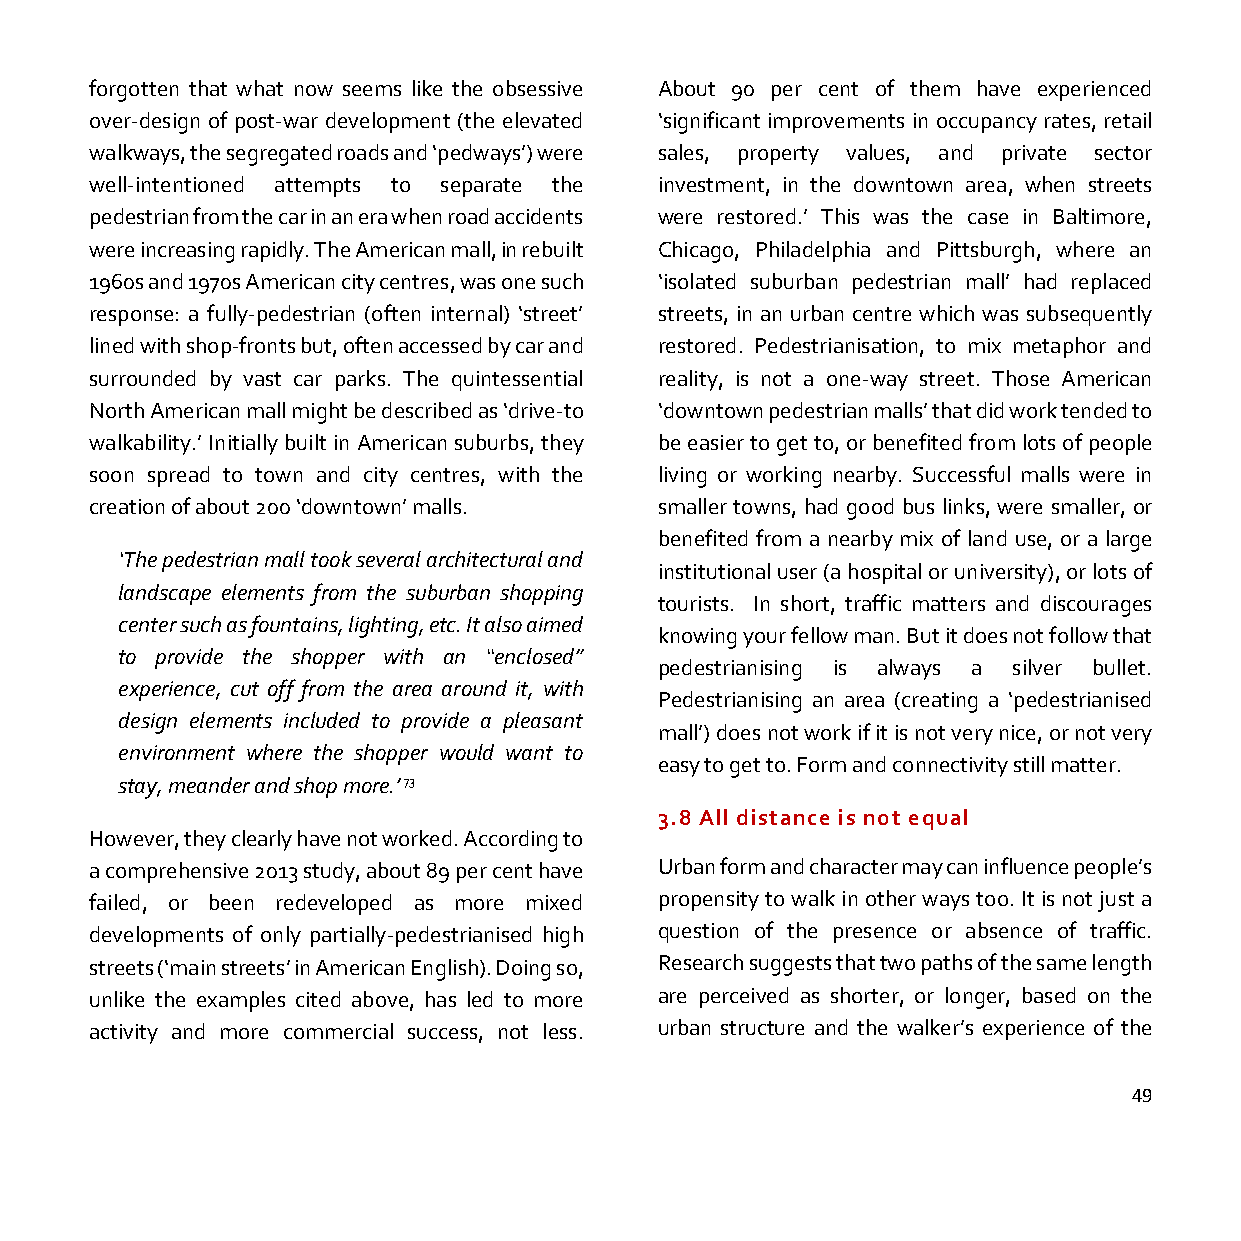
forgotten that what now seems like the obsessive About 90 per cent of them have experienced
 over-design of post-war development (the elevated ‘significant improvements in occupancy rates, retail
 walkways, the segregated roads and ‘pedways’) were sales, property values, and private sector
 well-intentioned attempts to separate the investment, in the downtown area, when streets
 pedestrian from the car in an era when road accidents were restored.’ This was the case in Baltimore,
 were increasing rapidly. The American mall, in rebuilt Chicago, Philadelphia and Pittsburgh, where an
 1960s and 1970s American city centres, was one such ‘isolated suburban pedestrian mall’ had replaced
 response: a fully-pedestrian (often internal) ‘street’ streets, in an urban centre which was subsequently
 lined with shop-fronts but, often accessed by car and restored. Pedestrianisation, to mix metaphor and
 surrounded by vast car parks. The quintessential reality, is not a one-way street. Those American
 North American mall might be described as ‘drive-to ‘downtown pedestrian malls’ that did work tended to
 walkability.’ Initially built in American suburbs, they be easier to get to, or benefited from lots of people
 soon spread to town and city centres, with the living or working nearby. Successful malls were in
 creation of about 200 ‘downtown’ malls. smaller towns, had good bus links, were smaller, or
 benefited from a nearby mix of land use, or a large
 ‘The pedestrian mall took several architectural and
 institutional user (a hospital or university), or lots of
 landscape elements from the suburban shopping
 tourists. In short, traffic matters and discourages
 center such as fountains, lighting, etc. It also aimed
 knowing your fellow man. But it does not follow that
 to provide the shopper with an “enclosed”
 pedestrianising is always a silver bullet.
 experience, cut off from the area around it, with
 Pedestrianising an area (creating a ‘pedestrianised
 design elements included to provide a pleasant
 mall’) does not work if it is not very nice, or not very
 environment where the shopper would want to
 easy to get to. Form and connectivity still matter.
 stay, meander and shop more.’ 73
 3.8 All distance is not equal
 However, they clearly have not worked. According to
 a comprehensive 2013 study, about 89 per cent have Urban form and character may can influence people’s
 failed, or been redeveloped as more mixed propensity to walk in other ways too. It is not just a
 developments of only partially-pedestrianised high question of the presence or absence of traffic.
 streets (‘main streets’ in American English). Doing so, Research suggests that two paths of the same length
 unlike the examples cited above, has led to more are perceived as shorter, or longer, based on the
 activity and more commercial success, not less. urban structure and the walker’s experience of the
 49